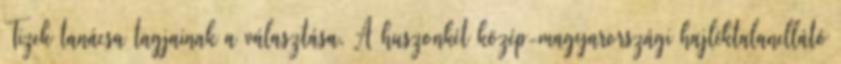
Tizek tanácsa tagjainak a választása. A huszonkét közép-magyarországi hajléktalanellátó